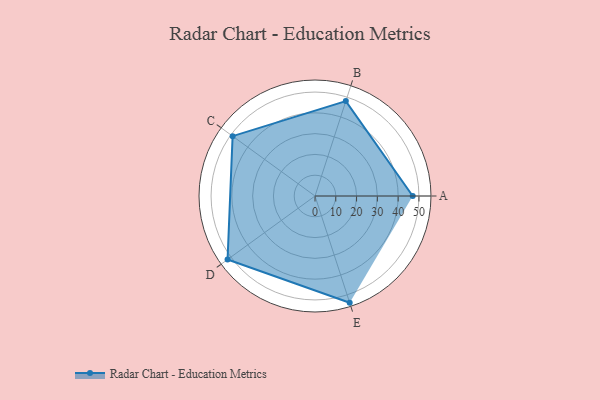
{"axis": {"x": "Skill", "y": "Score"}, "legend": ["Profile"], "data": [{"x": "A", "y": 47.0, "type": "Profile"}, {"x": "B", "y": 48.0, "type": "Profile"}, {"x": "C", "y": 49.0, "type": "Profile"}, {"x": "D", "y": 52.0, "type": "Profile"}, {"x": "E", "y": 54.0, "type": "Profile"}]}